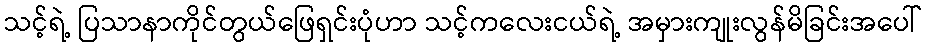
သင့်ရဲ့ ပြသာနာကိုင်တွယ်ဖြေရှင်းပုံဟာ သင့်ကလေးငယ်ရဲ့ အမှားကျုးလွန်မိခြင်းအပေါ်